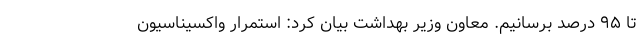
تا ۹۵ درصد برسانیم. معاون وزیر بهداشت بیان کرد: استمرار واکسیناسیون